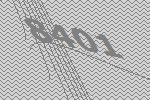
8401